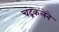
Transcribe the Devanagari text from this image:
चंद्रकलेने